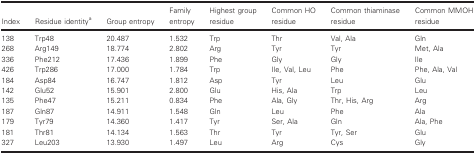
| Index | Residue identitya | Group entropy | Family entropy | Highest group residue | Common HO residue | Common thiaminase residue | Common MMOH residue |
 | --- | --- | --- | --- | --- | --- | --- | --- |
 | 138 | Trp48 | 20.487 | 1.532 | Trp | Thr | Val, Ala | Gln |
 | 268 | Arg149 | 18.774 | 2.802 | Arg | Tyr | Tyr | Met, Ala |
 | 336 | Phe212 | 17.436 | 1.899 | Phe | Gly | Gly | Ile |
 | 426 | Trp286 | 17.000 | 1.784 | Trp | Ile, Val, Leu | Phe | Phe, Ala, Val |
 | 184 | Asp84 | 16.747 | 1.812 | Asp | Tyr | Leu | Glu |
 | 142 | Glu52 | 15.901 | 2.800 | Glu | His, Ala | Trp | Leu |
 | 135 | Phe47 | 15.211 | 0.834 | Phe | Ala, Gly | Thr, His, Arg | Arg |
 | 187 | Gln87 | 14.911 | 1.548 | Gln | Leu | Phe | Ala |
 | 179 | Tyr79 | 14.360 | 1.417 | Tyr | Ser, Ala | Gln | Ala, Phe |
 | 181 | Thr81 | 14.134 | 1.563 | Thr | Tyr | Tyr, Ser | Glu |
 | 327 | Leu203 | 13.930 | 1.497 | Leu | Arg | Cys | Gly |